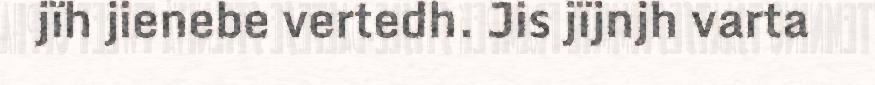
jïh jienebe vertedh. Jis jïjnjh varta